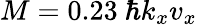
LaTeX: M=0.23~\hbar k_{x}v_{x}